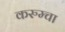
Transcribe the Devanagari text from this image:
करुम्चा